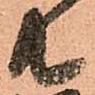
共